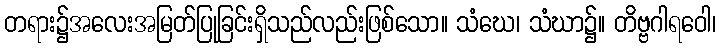
တရား၌အလေးအမြတ်ပြုခြင်းရှိသည်လည်းဖြစ်သော။ သံဃေ၊ သံဃာ၌။ တိဗ္ဗဂါရဝေါ၊